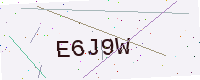
Text: E6J9W